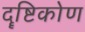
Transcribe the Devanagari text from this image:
दॄष्टिकोण